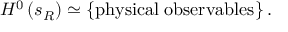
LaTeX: H ^ { 0 } \left( s _ { R } \right) \simeq \left\{ \mathrm { p h y s i c a l \; o b s e r v a b l e s } \right\} .